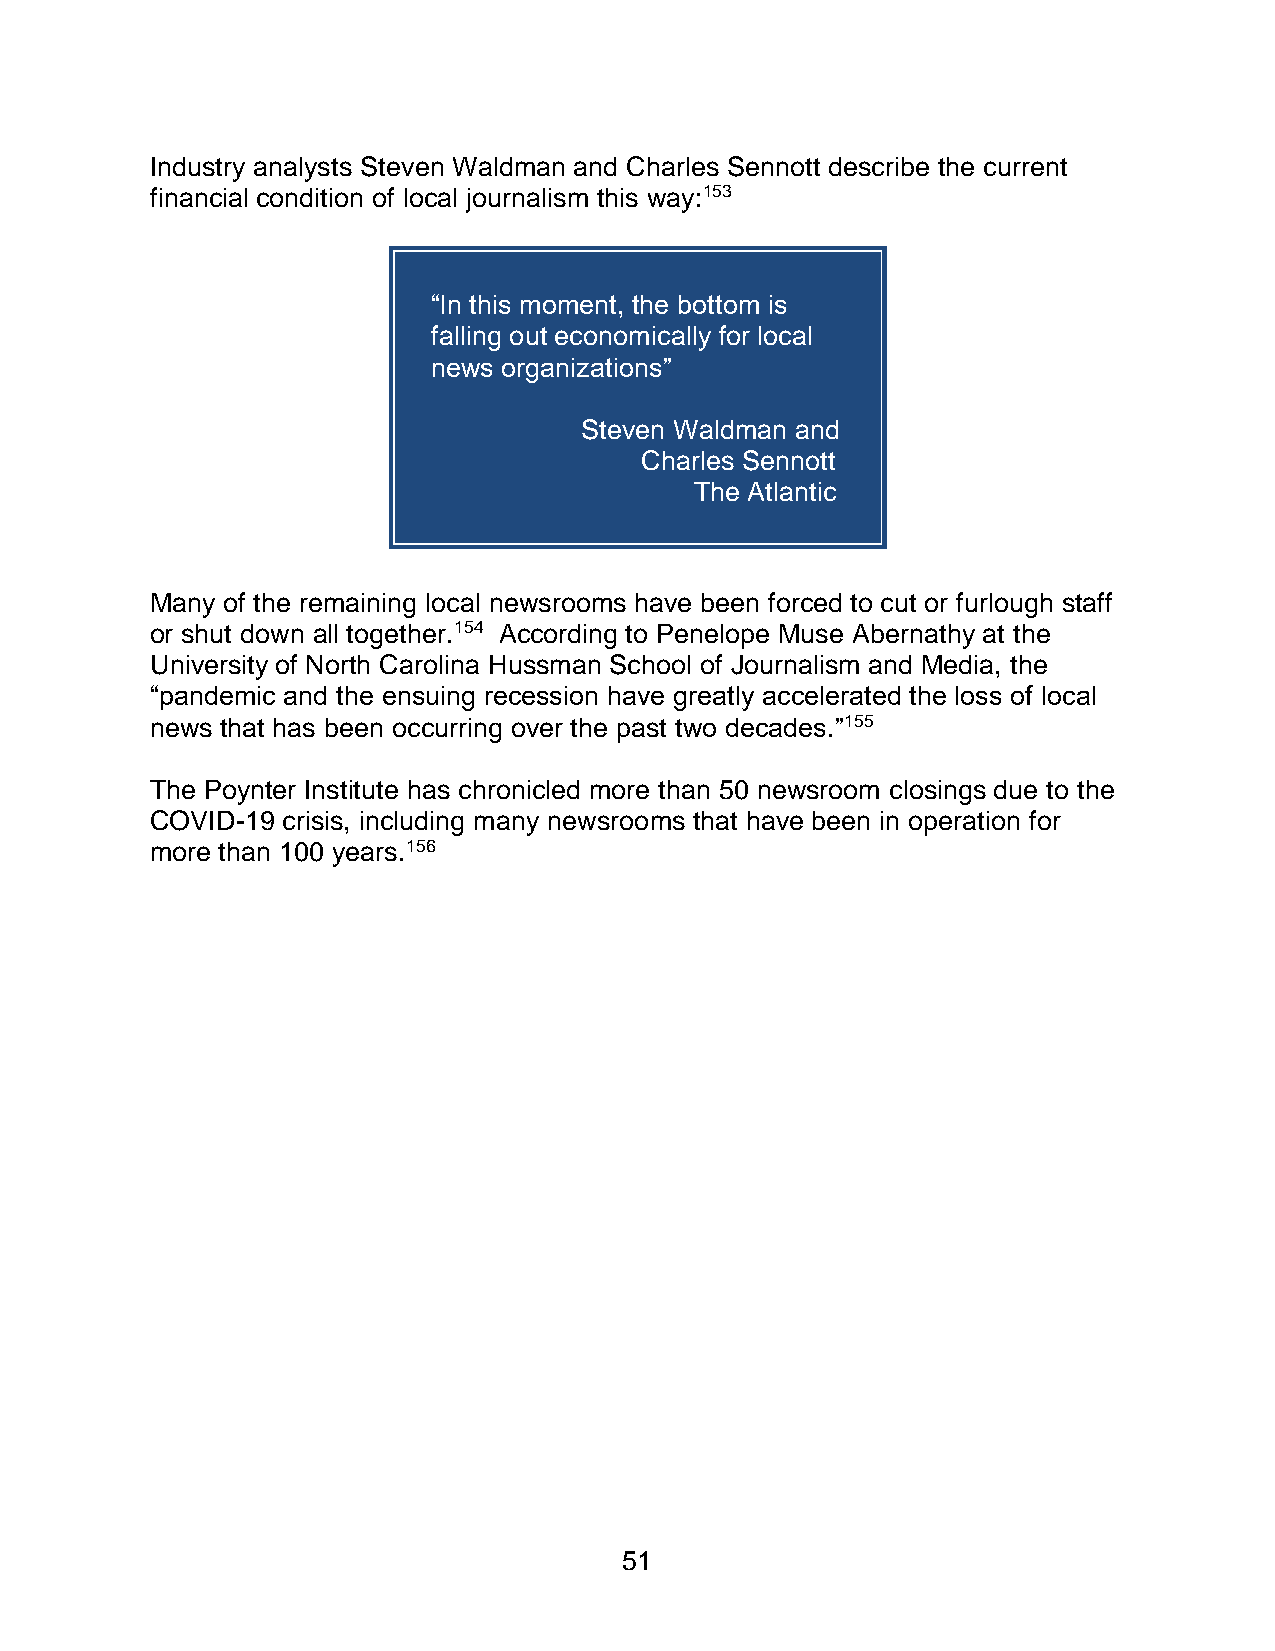
Industry analysts Steven Waldman and Charles Sennott describe the current
 financial condition of local journalism this way:153
 “In this moment, the bottom is
 falling out economically for local
 news organizations”
 Steven Waldman and
 Charles Sennott
 The Atlantic
 Many of the remaining local newsrooms have been forced to cut or furlough staff
 or shut down all together.154 According to Penelope Muse Abernathy at the
 University of North Carolina Hussman School of Journalism and Media, the
 “pandemic and the ensuing recession have greatly accelerated the loss of local
 news that has been occurring over the past two decades.”155
 The Poynter Institute has chronicled more than 50 newsroom closings due to the
 COVID-19 crisis, including many newsrooms that have been in operation for
 more than 100 years.156
 51